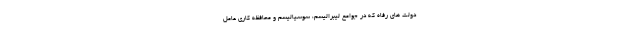
دولت هاي رفاه كه در جوامع ليبراليسم، سوسياليسم و محافظه كاري عامل